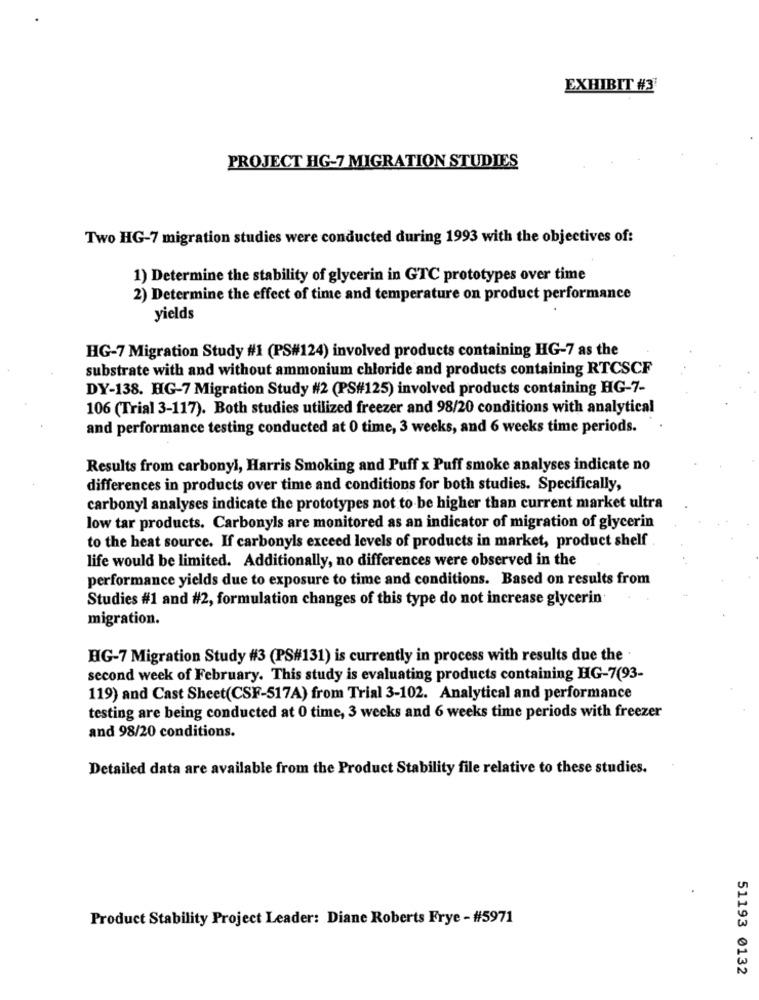
EXHIBIT #3'
PROJECT HG-7 MIGRATION STUDIES
Two HG-7 migration studies were conducted during 1993 with the objectives of:
1) Determine the stability of glycerin in GTC prototypes over time
2) Determine the effect of time and temperature on product performance
yields
HG-7 Migration Study #1 (PS#124) involved products containing HG-7 as the
substrate with and without ammonium chloride and products containing RTCSCF
DY-138. HG-7 Migration Study #2 (PS#125) involved products containing HG-7-
106 (Trial 3-117). Both studies utilized freezer and 98/20 conditions with analytical
and performance testing conducted at 0 time, 3 weeks, and 6 weeks time periods.
Results from carbonyl, Harris Smoking and Puff x Puff smoke analyses indicate no
differences in products over time and conditions for both studies. Specifically,
carbonyl analyses indicate the prototypes not to be higher than current market ultra
low tar products. Carbonyls are monitored as an indicator of migration of glycerin
to the heat source. If carbonyls exceed levels of products in market, product shelf
life would be limited. Additionally, no differences were observed in the
performance yields due to exposure to time and conditions. Based on results from
Studies #1 and #2, formulation changes of this type do not increase glycerin
migration.
HG-7 Migration Study #3 (PS#131) is currently in process with results due the .
second week of February. This study is evaluating products containing HG-7(93-
119) and Cast Sheet(CSF-517A) from Trial 3-102. Analytical and performance
testing are being conducted at 0 time, 3 weeks and 6 weeks time periods with freezer
and 98/20 conditions.
Detailed data are available from the Product Stability file relative to these studies.
Product Stability Project Leader: Diane Roberts Frye - #5971
51193 0132